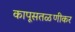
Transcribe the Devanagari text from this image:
कापूसतळणीकर